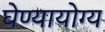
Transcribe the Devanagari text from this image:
घेण्यायोग्य